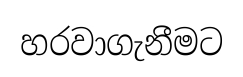
හරවාගැනීමට